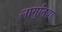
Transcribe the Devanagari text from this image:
लागुनिया